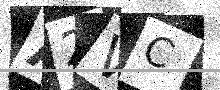
Text: A2VC